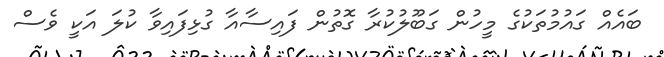
ބައެއް ގައުމުތަކުގެ މީހުން ގަބޫލުކުރާ ގޮތުން ފައިސާއާ ގުޅިފައިވާ ކުލަ އަކީ ވެސް